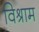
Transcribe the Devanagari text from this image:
विश्राम